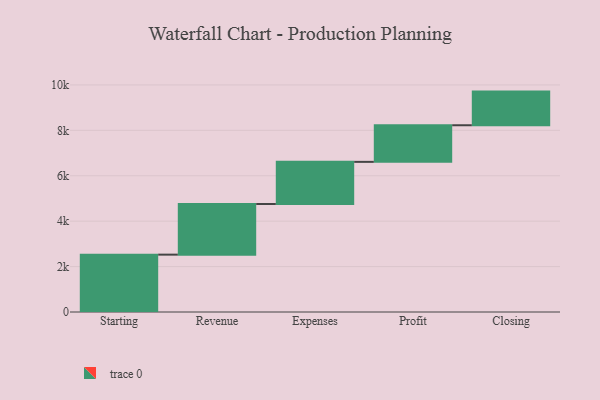
{"axis": {"x": "Step", "y": "Value"}, "legend": [""], "data": [{"x": "Starting", "y": 2526.0, "type": ""}, {"x": "Revenue", "y": 2230.0, "type": ""}, {"x": "Expenses", "y": 1856.0, "type": ""}, {"x": "Profit", "y": 1612.0, "type": ""}, {"x": "Closing", "y": 1482.0, "type": ""}]}